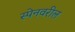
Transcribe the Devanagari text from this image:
स्पेनवरील